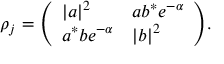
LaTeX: \rho _ { j } = { \left( \begin{array} { l l } { | a | ^ { 2 } } & { a b ^ { * } e ^ { - \alpha } } \\ { a ^ { * } b e ^ { - \alpha } } & { | b | ^ { 2 } } \end{array} \right) } .